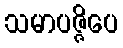
သမာပဇ္ဇိပေ